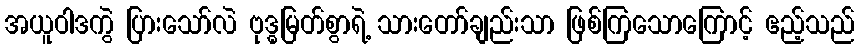
အယူဝါဒကွဲ ပြားသော်လဲ ဗုဒ္ဓမြတ်စွာရဲ့ သားတော်ချည်းသာ ဖြစ်ကြသောကြောင့် ဧည့်သည်